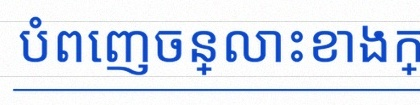
បំពេញចន្លោះខាងក្រោម